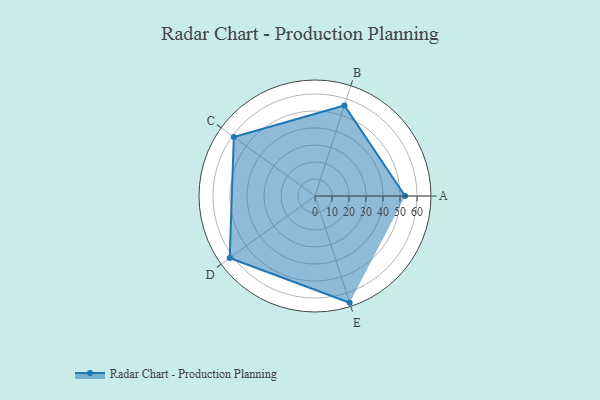
{"axis": {"x": "Skill", "y": "Score"}, "legend": ["Profile"], "data": [{"x": "A", "y": 53.0, "type": "Profile"}, {"x": "B", "y": 56.0, "type": "Profile"}, {"x": "C", "y": 59.0, "type": "Profile"}, {"x": "D", "y": 62.0, "type": "Profile"}, {"x": "E", "y": 66.0, "type": "Profile"}]}